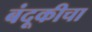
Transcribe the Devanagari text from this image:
बंदूकीचा